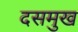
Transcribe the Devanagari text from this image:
दसमुख